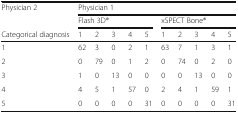
<table><thead><tr><td rowspan="2"><b>Physician 2</b></td><td colspan="10"><b>Physician 1</b></td></tr><tr><td colspan="5"><b>Flash 3D®</b></td><td colspan="5"><b>xSPECT Bone®</b></td></tr><tr><td><b>Categorical diagnosis</b></td><td><b>1</b></td><td><b>2</b></td><td><b>3</b></td><td><b>4</b></td><td><b>5</b></td><td><b>1</b></td><td><b>2</b></td><td><b>3</b></td><td><b>4</b></td><td><b>5</b></td></tr></thead><tbody><tr><td>1</td><td>62</td><td>3</td><td>0</td><td>2</td><td>1</td><td>63</td><td>7</td><td>1</td><td>3</td><td>1</td></tr><tr><td>2</td><td>0</td><td>79</td><td>0</td><td>1</td><td>2</td><td>0</td><td>74</td><td>0</td><td>2</td><td>0</td></tr><tr><td>3</td><td>1</td><td>0</td><td>13</td><td>0</td><td>0</td><td>0</td><td>0</td><td>13</td><td>0</td><td>0</td></tr><tr><td>4</td><td>4</td><td>5</td><td>1</td><td>57</td><td>0</td><td>2</td><td>4</td><td>1</td><td>59</td><td>1</td></tr><tr><td>5</td><td>0</td><td>0</td><td>0</td><td>0</td><td>31</td><td>0</td><td>0</td><td>0</td><td>0</td><td>31</td></tr></tbody></table>